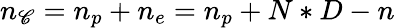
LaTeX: n_{\mathscr{C}}=n_{p}+n_{e}=n_{p}+N*D-n